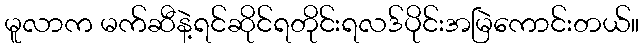
မူလာက မက်ဆီနဲ့ရင်ဆိုင်ရတိုင်းရလဒ်ပိုင်းအမြဲကောင်းတယ်။